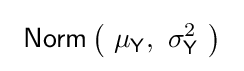
\ {\mathsf {Norm}}\left(\ \mu _{\mathsf {Y}},\ \sigma _{\mathsf {Y}}^{2}\ \right)\